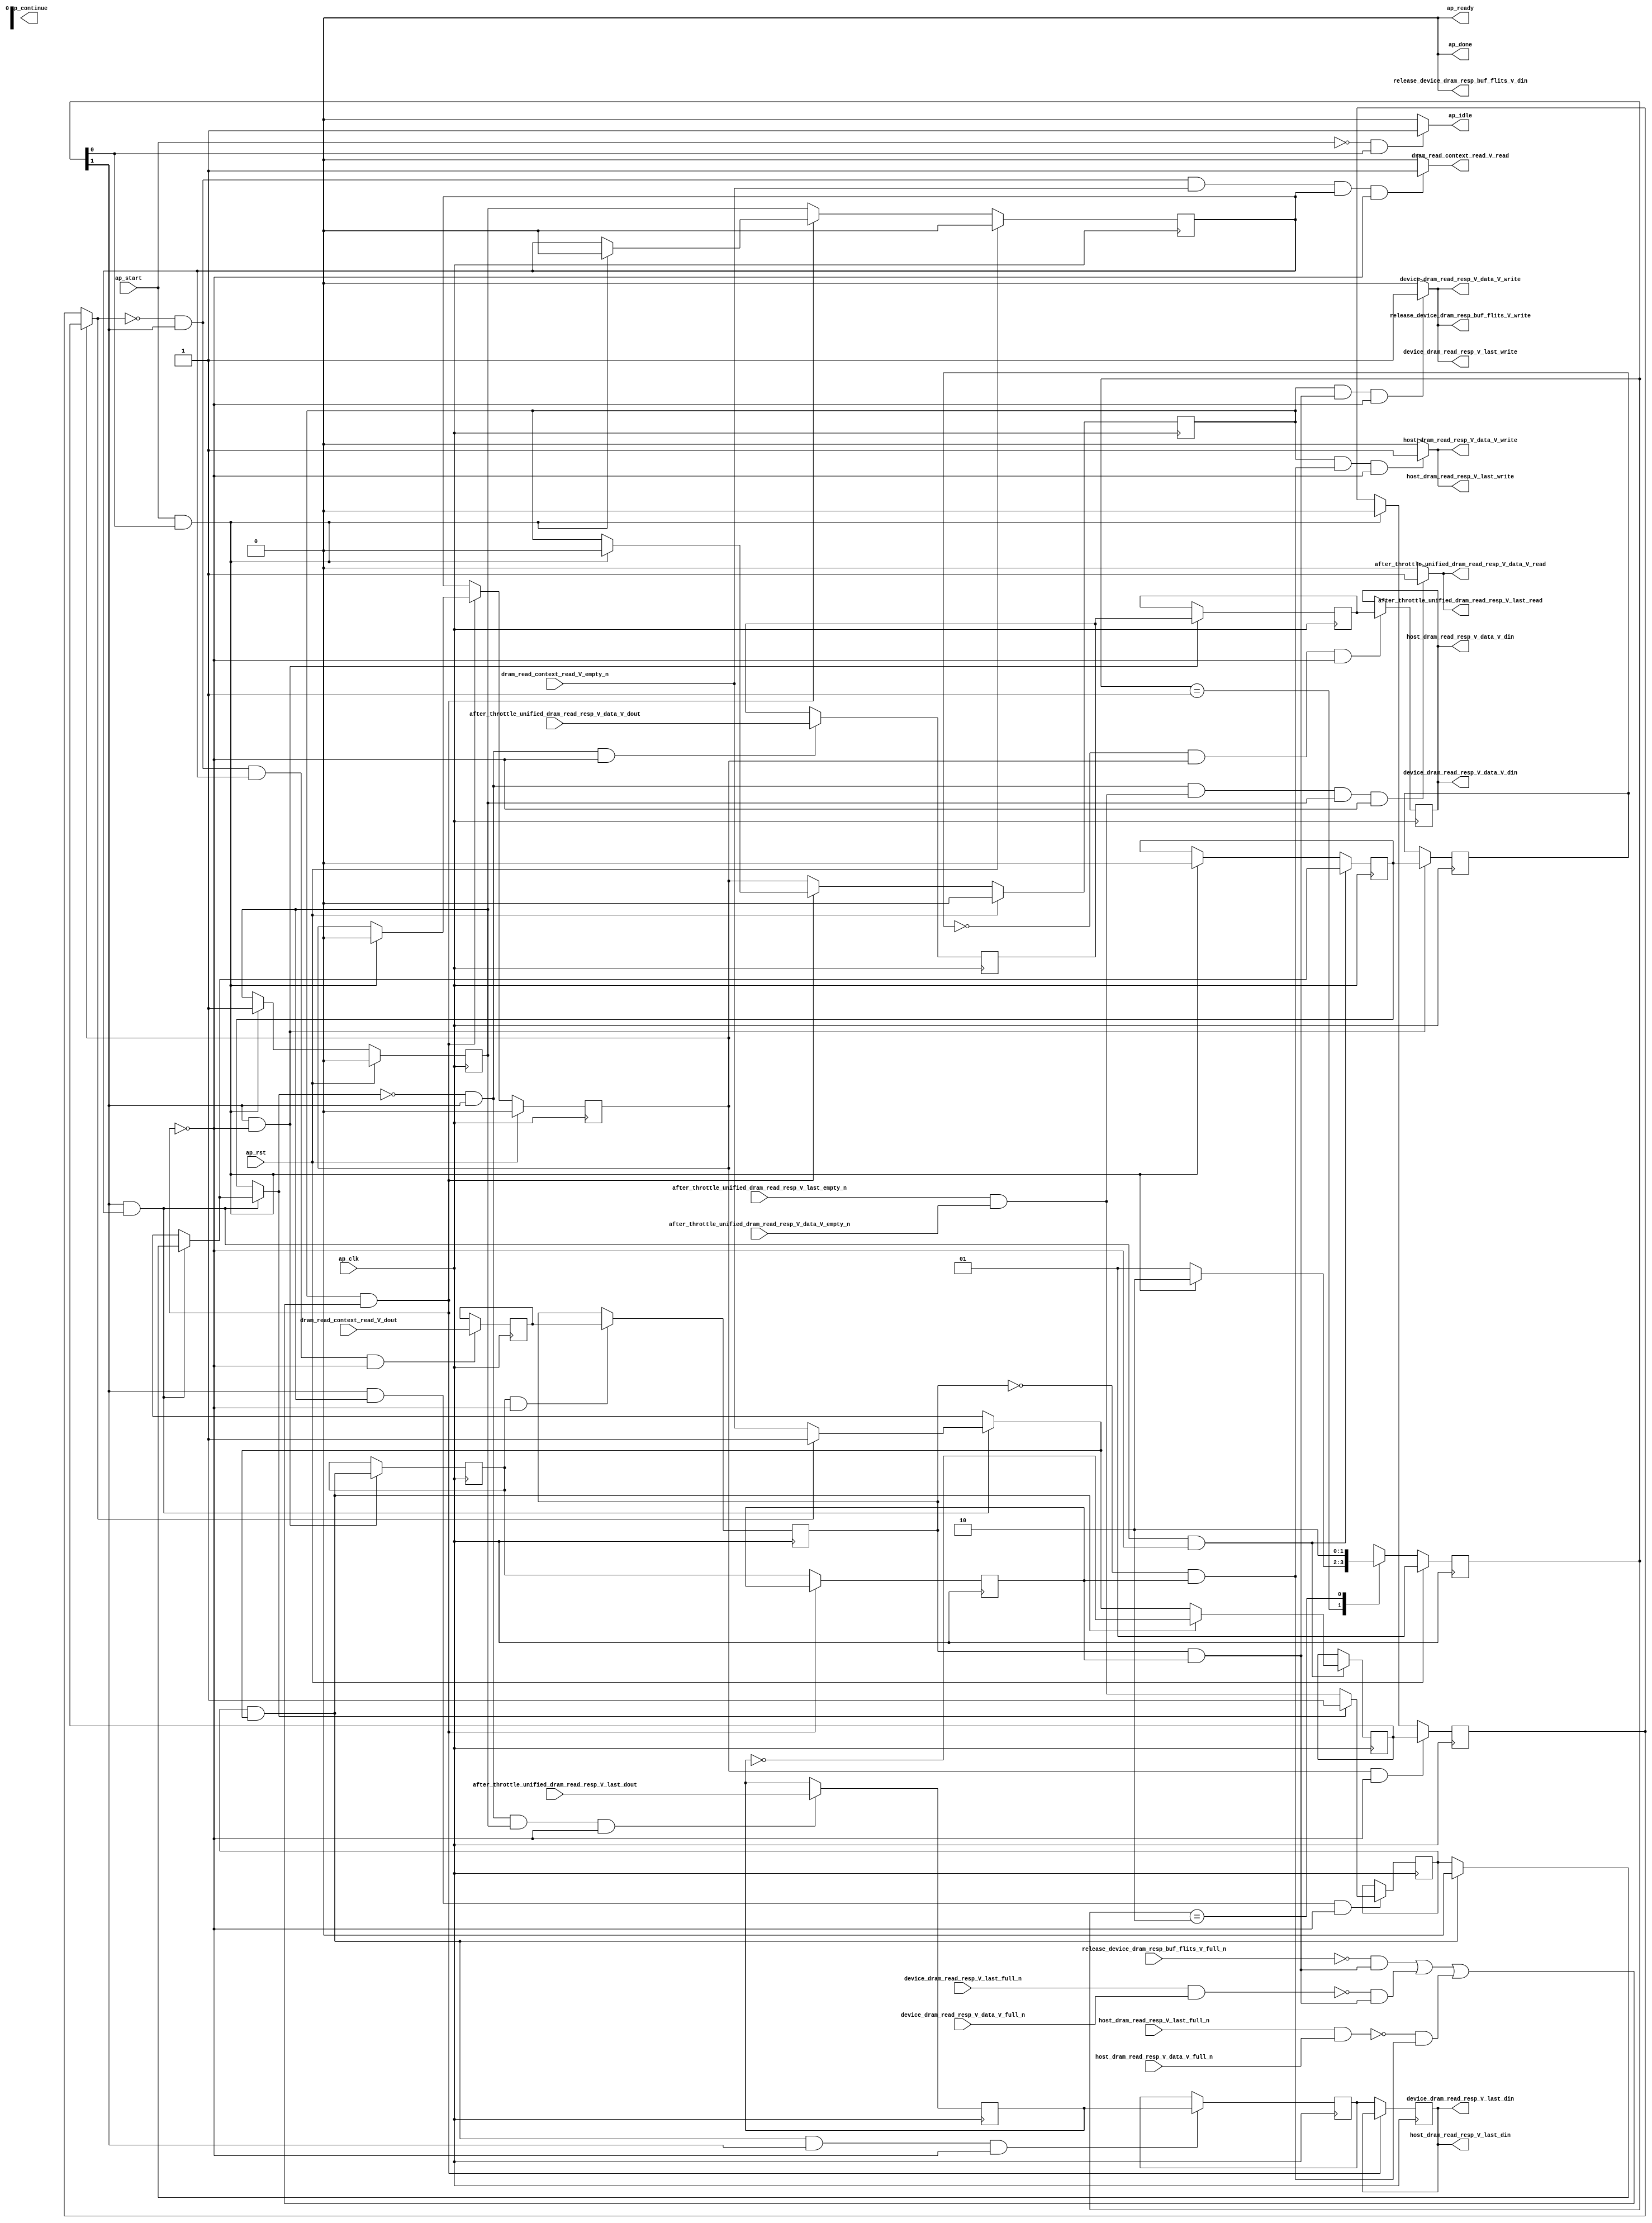
// ==============================================================
// RTL generated by Vivado(TM) HLS - High-Level Synthesis from C, C++ and SystemC
// Version: 2017.4.op
// Copyright (C) 1986-2018 Xilinx, Inc. All Rights Reserved.
// 
// ===========================================================

`timescale 1 ns / 1 ps 

(* CORE_GENERATION_INFO="dram_read_resp_multiplexer,hls_ip_2017_4_op,{HLS_INPUT_TYPE=cxx,HLS_INPUT_FLOAT=0,HLS_INPUT_FIXED=0,HLS_INPUT_PART=xcvu9p-flgb2104-2-i,HLS_INPUT_CLOCK=4.000000,HLS_INPUT_ARCH=others,HLS_SYN_CLOCK=2.997000,HLS_SYN_LAT=-1,HLS_SYN_TPT=none,HLS_SYN_MEM=0,HLS_SYN_DSP=0,HLS_SYN_FF=1617,HLS_SYN_LUT=332}" *)

module dram_read_resp_multiplexer (
        ap_clk,
        ap_rst,
        ap_start,
        ap_done,
ap_continue,
        ap_idle,
        ap_ready,
        host_dram_read_resp_V_last_din,
        host_dram_read_resp_V_last_full_n,
        host_dram_read_resp_V_last_write,
        host_dram_read_resp_V_data_V_din,
        host_dram_read_resp_V_data_V_full_n,
        host_dram_read_resp_V_data_V_write,
        device_dram_read_resp_V_last_din,
        device_dram_read_resp_V_last_full_n,
        device_dram_read_resp_V_last_write,
        device_dram_read_resp_V_data_V_din,
        device_dram_read_resp_V_data_V_full_n,
        device_dram_read_resp_V_data_V_write,
        release_device_dram_resp_buf_flits_V_din,
        release_device_dram_resp_buf_flits_V_full_n,
        release_device_dram_resp_buf_flits_V_write,
        after_throttle_unified_dram_read_resp_V_last_dout,
        after_throttle_unified_dram_read_resp_V_last_empty_n,
        after_throttle_unified_dram_read_resp_V_last_read,
        after_throttle_unified_dram_read_resp_V_data_V_dout,
        after_throttle_unified_dram_read_resp_V_data_V_empty_n,
        after_throttle_unified_dram_read_resp_V_data_V_read,
        dram_read_context_read_V_dout,
        dram_read_context_read_V_empty_n,
        dram_read_context_read_V_read
);

parameter    ap_ST_fsm_state1 = 2'd1;
parameter    ap_ST_fsm_pp0_stage0 = 2'd2;

input   ap_clk;
input   ap_rst;
input   ap_start;
output   ap_done;
output   ap_idle;
output ap_ready; output ap_continue;
output   host_dram_read_resp_V_last_din;
input   host_dram_read_resp_V_last_full_n;
output   host_dram_read_resp_V_last_write;
output  [511:0] host_dram_read_resp_V_data_V_din;
input   host_dram_read_resp_V_data_V_full_n;
output   host_dram_read_resp_V_data_V_write;
output   device_dram_read_resp_V_last_din;
input   device_dram_read_resp_V_last_full_n;
output   device_dram_read_resp_V_last_write;
output  [511:0] device_dram_read_resp_V_data_V_din;
input   device_dram_read_resp_V_data_V_full_n;
output   device_dram_read_resp_V_data_V_write;
output   release_device_dram_resp_buf_flits_V_din;
input   release_device_dram_resp_buf_flits_V_full_n;
output   release_device_dram_resp_buf_flits_V_write;
input   after_throttle_unified_dram_read_resp_V_last_dout;
input   after_throttle_unified_dram_read_resp_V_last_empty_n;
output   after_throttle_unified_dram_read_resp_V_last_read;
input  [511:0] after_throttle_unified_dram_read_resp_V_data_V_dout;
input   after_throttle_unified_dram_read_resp_V_data_V_empty_n;
output   after_throttle_unified_dram_read_resp_V_data_V_read;
input   dram_read_context_read_V_dout;
input   dram_read_context_read_V_empty_n;
output   dram_read_context_read_V_read;

reg ap_idle;
reg release_device_dram_resp_buf_flits_V_write;
reg dram_read_context_read_V_read;

(* fsm_encoding = "none" *) reg   [1:0] ap_CS_fsm;
wire    ap_CS_fsm_state1;
reg    host_dram_read_resp_V_last_blk_n;
reg    ap_enable_reg_pp0_iter3;
wire    ap_block_pp0_stage0;
reg   [0:0] brmerge_demorgan_reg_368;
reg   [0:0] ap_reg_pp0_iter2_brmerge_demorgan_reg_368;
reg   [0:0] p_0_load_reg_378;
reg    host_dram_read_resp_V_data_V_blk_n;
reg    device_dram_read_resp_V_last_blk_n;
reg    device_dram_read_resp_V_data_V_blk_n;
reg    release_device_dram_resp_buf_flits_V_blk_n;
reg   [0:0] valid_read_resp_reg_208;
reg   [0:0] ap_reg_pp0_iter1_valid_read_resp_reg_208;
wire    ap_CS_fsm_pp0_stage0;
wire    ap_block_state2_pp0_stage0_iter0;
wire    ap_block_state3_pp0_stage0_iter1;
wire    ap_block_state4_pp0_stage0_iter2;
wire    host_dram_read_resp_V_last1_status;
reg    ap_predicate_op58_write_state5;
wire    device_dram_read_resp_V_last1_status;
reg    ap_predicate_op60_write_state5;
reg    ap_block_state5_pp0_stage0_iter3;
reg    ap_block_pp0_stage0_11001;
reg   [0:0] valid_state_reg_220;
reg   [0:0] valid_state_3_reg_252;
reg   [0:0] ap_phi_mux_valid_read_resp_phi_fu_212_p4;
reg   [511:0] tmp_data_V_3_reg_363;
reg   [511:0] ap_reg_pp0_iter1_tmp_data_V_3_reg_363;
wire   [0:0] brmerge_demorgan_fu_308_p2;
reg   [0:0] tmp_last_load_reg_372;
reg   [0:0] ap_reg_pp0_iter2_tmp_last_load_reg_372;
reg    ap_enable_reg_pp0_iter0;
reg    ap_enable_reg_pp0_iter1;
reg    ap_block_pp0_stage0_subdone;
reg    ap_enable_reg_pp0_iter2;
reg   [0:0] ap_phi_mux_valid_read_resp_2_phi_fu_268_p4;
reg   [0:0] ap_phi_mux_valid_state_phi_fu_224_p4;
reg   [0:0] ap_phi_mux_valid_state_1_phi_fu_235_p4;
wire   [0:0] ap_phi_reg_pp0_iter1_valid_state_1_reg_232;
wire   [0:0] ap_phi_reg_pp0_iter0_valid_read_resp_1_reg_242;
reg   [0:0] ap_phi_reg_pp0_iter1_valid_read_resp_1_reg_242;
wire   [0:0] not_s_fu_320_p2;
wire   [0:0] ap_phi_reg_pp0_iter1_valid_state_3_reg_252;
wire   [0:0] ap_phi_reg_pp0_iter1_valid_read_resp_2_reg_264;
reg    after_throttle_unified_dram_read_resp_V_last0_update;
wire   [0:0] empty_n_1_nbread_fu_166_p3_0;
reg    host_dram_read_resp_V_last1_update;
reg    ap_block_pp0_stage0_01001;
reg    device_dram_read_resp_V_last1_update;
reg   [0:0] tmp_fu_154;
reg   [0:0] tmp_last_fu_158;
reg   [511:0] tmp_data_V_fu_162;
reg   [1:0] ap_NS_fsm;
reg    ap_idle_pp0;
wire    ap_enable_pp0;
reg    ap_condition_153;
reg    ap_condition_172;
reg    ap_condition_152;

// power-on initialization
initial begin
#0 ap_CS_fsm = 2'd1;
#0 ap_enable_reg_pp0_iter3 = 1'b0;
#0 ap_enable_reg_pp0_iter0 = 1'b0;
#0 ap_enable_reg_pp0_iter1 = 1'b0;
#0 ap_enable_reg_pp0_iter2 = 1'b0;
end

always @ (posedge ap_clk) begin
    if (ap_rst == 1'b1) begin
        ap_CS_fsm <= ap_ST_fsm_state1;
    end else begin
        ap_CS_fsm <= ap_NS_fsm;
    end
end

always @ (posedge ap_clk) begin
    if (ap_rst == 1'b1) begin
        ap_enable_reg_pp0_iter0 <= 1'b0;
    end else begin
        if (((ap_start == 1'b1) & (1'b1 == ap_CS_fsm_state1))) begin
            ap_enable_reg_pp0_iter0 <= 1'b1;
        end
    end
end

always @ (posedge ap_clk) begin
    if (ap_rst == 1'b1) begin
        ap_enable_reg_pp0_iter1 <= 1'b0;
    end else begin
        if ((1'b0 == ap_block_pp0_stage0_subdone)) begin
            ap_enable_reg_pp0_iter1 <= ap_enable_reg_pp0_iter0;
        end else if (((ap_start == 1'b1) & (1'b1 == ap_CS_fsm_state1))) begin
            ap_enable_reg_pp0_iter1 <= 1'b0;
        end
    end
end

always @ (posedge ap_clk) begin
    if (ap_rst == 1'b1) begin
        ap_enable_reg_pp0_iter2 <= 1'b0;
    end else begin
        if ((1'b0 == ap_block_pp0_stage0_subdone)) begin
            ap_enable_reg_pp0_iter2 <= ap_enable_reg_pp0_iter1;
        end else if (((ap_start == 1'b1) & (1'b1 == ap_CS_fsm_state1))) begin
            ap_enable_reg_pp0_iter2 <= 1'b0;
        end
    end
end

always @ (posedge ap_clk) begin
    if (ap_rst == 1'b1) begin
        ap_enable_reg_pp0_iter3 <= 1'b0;
    end else begin
        if ((1'b0 == ap_block_pp0_stage0_subdone)) begin
            ap_enable_reg_pp0_iter3 <= ap_enable_reg_pp0_iter2;
        end else if (((ap_start == 1'b1) & (1'b1 == ap_CS_fsm_state1))) begin
            ap_enable_reg_pp0_iter3 <= 1'b0;
        end
    end
end

always @ (posedge ap_clk) begin
    if ((1'b1 == ap_condition_172)) begin
        if ((ap_phi_mux_valid_read_resp_phi_fu_212_p4 == 1'd0)) begin
            ap_phi_reg_pp0_iter1_valid_read_resp_1_reg_242 <= empty_n_1_nbread_fu_166_p3_0;
        end else if ((ap_phi_mux_valid_read_resp_phi_fu_212_p4 == 1'd1)) begin
            ap_phi_reg_pp0_iter1_valid_read_resp_1_reg_242 <= ap_phi_mux_valid_read_resp_phi_fu_212_p4;
        end else if ((1'b1 == 1'b1)) begin
            ap_phi_reg_pp0_iter1_valid_read_resp_1_reg_242 <= ap_phi_reg_pp0_iter0_valid_read_resp_1_reg_242;
        end
    end
end

always @ (posedge ap_clk) begin
    if (((1'b1 == ap_CS_fsm_pp0_stage0) & (ap_enable_reg_pp0_iter1 == 1'b1) & (1'b0 == ap_block_pp0_stage0_11001))) begin
        valid_read_resp_reg_208 <= ap_phi_mux_valid_read_resp_2_phi_fu_268_p4;
    end else if (((ap_start == 1'b1) & (1'b1 == ap_CS_fsm_state1))) begin
        valid_read_resp_reg_208 <= 1'd0;
    end
end

always @ (posedge ap_clk) begin
    if ((1'b1 == ap_condition_152)) begin
        if ((brmerge_demorgan_fu_308_p2 == 1'd0)) begin
            valid_state_3_reg_252 <= ap_phi_mux_valid_state_1_phi_fu_235_p4;
        end else if ((brmerge_demorgan_fu_308_p2 == 1'd1)) begin
            valid_state_3_reg_252 <= not_s_fu_320_p2;
        end else if ((1'b1 == 1'b1)) begin
            valid_state_3_reg_252 <= ap_phi_reg_pp0_iter1_valid_state_3_reg_252;
        end
    end
end

always @ (posedge ap_clk) begin
    if (((ap_enable_reg_pp0_iter2 == 1'b1) & (1'b0 == ap_block_pp0_stage0_11001))) begin
        valid_state_reg_220 <= valid_state_3_reg_252;
    end else if (((ap_start == 1'b1) & (1'b1 == ap_CS_fsm_state1))) begin
        valid_state_reg_220 <= 1'd0;
    end
end

always @ (posedge ap_clk) begin
    if (((1'b1 == ap_CS_fsm_pp0_stage0) & (1'b0 == ap_block_pp0_stage0_11001))) begin
        ap_reg_pp0_iter1_tmp_data_V_3_reg_363 <= tmp_data_V_3_reg_363;
        ap_reg_pp0_iter1_valid_read_resp_reg_208 <= valid_read_resp_reg_208;
        brmerge_demorgan_reg_368 <= brmerge_demorgan_fu_308_p2;
    end
end

always @ (posedge ap_clk) begin
    if ((1'b0 == ap_block_pp0_stage0_11001)) begin
        ap_reg_pp0_iter2_brmerge_demorgan_reg_368 <= brmerge_demorgan_reg_368;
        ap_reg_pp0_iter2_tmp_last_load_reg_372 <= tmp_last_load_reg_372;
    end
end

always @ (posedge ap_clk) begin
    if (((brmerge_demorgan_reg_368 == 1'd1) & (1'b0 == ap_block_pp0_stage0_11001))) begin
        p_0_load_reg_378 <= tmp_fu_154;
    end
end

always @ (posedge ap_clk) begin
    if (((ap_phi_mux_valid_read_resp_phi_fu_212_p4 == 1'd0) & (1'b1 == ap_CS_fsm_pp0_stage0) & (1'b0 == ap_block_pp0_stage0_11001))) begin
        tmp_data_V_3_reg_363 <= after_throttle_unified_dram_read_resp_V_data_V_dout;
    end
end

always @ (posedge ap_clk) begin
    if (((ap_reg_pp0_iter1_valid_read_resp_reg_208 == 1'd0) & (ap_enable_reg_pp0_iter2 == 1'b1) & (1'b0 == ap_block_pp0_stage0_11001))) begin
        tmp_data_V_fu_162 <= ap_reg_pp0_iter1_tmp_data_V_3_reg_363;
    end
end

always @ (posedge ap_clk) begin
    if (((ap_phi_mux_valid_state_phi_fu_224_p4 == 1'd0) & (1'b1 == ap_CS_fsm_pp0_stage0) & (ap_enable_reg_pp0_iter1 == 1'b1) & (1'b0 == ap_block_pp0_stage0_11001))) begin
        tmp_fu_154 <= dram_read_context_read_V_dout;
    end
end

always @ (posedge ap_clk) begin
    if (((ap_phi_mux_valid_read_resp_phi_fu_212_p4 == 1'd0) & (1'b1 == ap_CS_fsm_pp0_stage0) & (ap_enable_reg_pp0_iter0 == 1'b1) & (1'b0 == ap_block_pp0_stage0_11001))) begin
        tmp_last_fu_158 <= after_throttle_unified_dram_read_resp_V_last_dout;
    end
end

always @ (posedge ap_clk) begin
    if (((brmerge_demorgan_fu_308_p2 == 1'd1) & (1'b1 == ap_CS_fsm_pp0_stage0) & (1'b0 == ap_block_pp0_stage0_11001))) begin
        tmp_last_load_reg_372 <= tmp_last_fu_158;
    end
end

always @ (*) begin
    if (((ap_phi_mux_valid_read_resp_phi_fu_212_p4 == 1'd0) & (1'b1 == ap_CS_fsm_pp0_stage0) & ((after_throttle_unified_dram_read_resp_V_last_empty_n & after_throttle_unified_dram_read_resp_V_data_V_empty_n) == 1'b1) & (ap_enable_reg_pp0_iter0 == 1'b1) & (1'b0 == ap_block_pp0_stage0_11001))) begin
        after_throttle_unified_dram_read_resp_V_last0_update = 1'b1;
    end else begin
        after_throttle_unified_dram_read_resp_V_last0_update = 1'b0;
    end
end

always @ (*) begin
    if (((ap_start == 1'b0) & (1'b1 == ap_CS_fsm_state1))) begin
        ap_idle = 1'b1;
    end else begin
        ap_idle = 1'b0;
    end
end

always @ (*) begin
    if (((ap_enable_reg_pp0_iter3 == 1'b0) & (ap_enable_reg_pp0_iter2 == 1'b0) & (ap_enable_reg_pp0_iter1 == 1'b0) & (ap_enable_reg_pp0_iter0 == 1'b0))) begin
        ap_idle_pp0 = 1'b1;
    end else begin
        ap_idle_pp0 = 1'b0;
    end
end

always @ (*) begin
    if ((1'b1 == ap_condition_153)) begin
        if ((brmerge_demorgan_fu_308_p2 == 1'd0)) begin
            ap_phi_mux_valid_read_resp_2_phi_fu_268_p4 = ap_phi_reg_pp0_iter1_valid_read_resp_1_reg_242;
        end else if ((brmerge_demorgan_fu_308_p2 == 1'd1)) begin
            ap_phi_mux_valid_read_resp_2_phi_fu_268_p4 = 1'd0;
        end else begin
            ap_phi_mux_valid_read_resp_2_phi_fu_268_p4 = ap_phi_reg_pp0_iter1_valid_read_resp_2_reg_264;
        end
    end else begin
        ap_phi_mux_valid_read_resp_2_phi_fu_268_p4 = ap_phi_reg_pp0_iter1_valid_read_resp_2_reg_264;
    end
end

always @ (*) begin
    if (((1'b0 == ap_block_pp0_stage0) & (1'b1 == ap_CS_fsm_pp0_stage0) & (ap_enable_reg_pp0_iter1 == 1'b1))) begin
        ap_phi_mux_valid_read_resp_phi_fu_212_p4 = ap_phi_mux_valid_read_resp_2_phi_fu_268_p4;
    end else begin
        ap_phi_mux_valid_read_resp_phi_fu_212_p4 = valid_read_resp_reg_208;
    end
end

always @ (*) begin
    if ((1'b1 == ap_condition_153)) begin
        if ((ap_phi_mux_valid_state_phi_fu_224_p4 == 1'd1)) begin
            ap_phi_mux_valid_state_1_phi_fu_235_p4 = ap_phi_mux_valid_state_phi_fu_224_p4;
        end else if ((ap_phi_mux_valid_state_phi_fu_224_p4 == 1'd0)) begin
            ap_phi_mux_valid_state_1_phi_fu_235_p4 = dram_read_context_read_V_empty_n;
        end else begin
            ap_phi_mux_valid_state_1_phi_fu_235_p4 = ap_phi_reg_pp0_iter1_valid_state_1_reg_232;
        end
    end else begin
        ap_phi_mux_valid_state_1_phi_fu_235_p4 = ap_phi_reg_pp0_iter1_valid_state_1_reg_232;
    end
end

always @ (*) begin
    if (((1'b0 == ap_block_pp0_stage0) & (ap_enable_reg_pp0_iter2 == 1'b1))) begin
        ap_phi_mux_valid_state_phi_fu_224_p4 = valid_state_3_reg_252;
    end else begin
        ap_phi_mux_valid_state_phi_fu_224_p4 = valid_state_reg_220;
    end
end

always @ (*) begin
    if (((p_0_load_reg_378 == 1'd1) & (ap_reg_pp0_iter2_brmerge_demorgan_reg_368 == 1'd1) & (1'b0 == ap_block_pp0_stage0) & (ap_enable_reg_pp0_iter3 == 1'b1))) begin
        device_dram_read_resp_V_data_V_blk_n = device_dram_read_resp_V_data_V_full_n;
    end else begin
        device_dram_read_resp_V_data_V_blk_n = 1'b1;
    end
end

always @ (*) begin
    if (((ap_enable_reg_pp0_iter3 == 1'b1) & (ap_predicate_op60_write_state5 == 1'b1) & (1'b0 == ap_block_pp0_stage0_11001))) begin
        device_dram_read_resp_V_last1_update = 1'b1;
    end else begin
        device_dram_read_resp_V_last1_update = 1'b0;
    end
end

always @ (*) begin
    if (((p_0_load_reg_378 == 1'd1) & (ap_reg_pp0_iter2_brmerge_demorgan_reg_368 == 1'd1) & (1'b0 == ap_block_pp0_stage0) & (ap_enable_reg_pp0_iter3 == 1'b1))) begin
        device_dram_read_resp_V_last_blk_n = device_dram_read_resp_V_last_full_n;
    end else begin
        device_dram_read_resp_V_last_blk_n = 1'b1;
    end
end

always @ (*) begin
    if (((ap_phi_mux_valid_state_phi_fu_224_p4 == 1'd0) & (1'b1 == ap_CS_fsm_pp0_stage0) & (dram_read_context_read_V_empty_n == 1'b1) & (ap_enable_reg_pp0_iter1 == 1'b1) & (1'b0 == ap_block_pp0_stage0_11001))) begin
        dram_read_context_read_V_read = 1'b1;
    end else begin
        dram_read_context_read_V_read = 1'b0;
    end
end

always @ (*) begin
    if (((p_0_load_reg_378 == 1'd0) & (ap_reg_pp0_iter2_brmerge_demorgan_reg_368 == 1'd1) & (1'b0 == ap_block_pp0_stage0) & (ap_enable_reg_pp0_iter3 == 1'b1))) begin
        host_dram_read_resp_V_data_V_blk_n = host_dram_read_resp_V_data_V_full_n;
    end else begin
        host_dram_read_resp_V_data_V_blk_n = 1'b1;
    end
end

always @ (*) begin
    if (((ap_enable_reg_pp0_iter3 == 1'b1) & (ap_predicate_op58_write_state5 == 1'b1) & (1'b0 == ap_block_pp0_stage0_11001))) begin
        host_dram_read_resp_V_last1_update = 1'b1;
    end else begin
        host_dram_read_resp_V_last1_update = 1'b0;
    end
end

always @ (*) begin
    if (((p_0_load_reg_378 == 1'd0) & (ap_reg_pp0_iter2_brmerge_demorgan_reg_368 == 1'd1) & (1'b0 == ap_block_pp0_stage0) & (ap_enable_reg_pp0_iter3 == 1'b1))) begin
        host_dram_read_resp_V_last_blk_n = host_dram_read_resp_V_last_full_n;
    end else begin
        host_dram_read_resp_V_last_blk_n = 1'b1;
    end
end

always @ (*) begin
    if (((p_0_load_reg_378 == 1'd1) & (ap_reg_pp0_iter2_brmerge_demorgan_reg_368 == 1'd1) & (1'b0 == ap_block_pp0_stage0) & (ap_enable_reg_pp0_iter3 == 1'b1))) begin
        release_device_dram_resp_buf_flits_V_blk_n = release_device_dram_resp_buf_flits_V_full_n;
    end else begin
        release_device_dram_resp_buf_flits_V_blk_n = 1'b1;
    end
end

always @ (*) begin
    if (((ap_enable_reg_pp0_iter3 == 1'b1) & (ap_predicate_op60_write_state5 == 1'b1) & (1'b0 == ap_block_pp0_stage0_11001))) begin
        release_device_dram_resp_buf_flits_V_write = 1'b1;
    end else begin
        release_device_dram_resp_buf_flits_V_write = 1'b0;
    end
end

always @ (*) begin
    case (ap_CS_fsm)
        ap_ST_fsm_state1 : begin
            if (((ap_start == 1'b1) & (1'b1 == ap_CS_fsm_state1))) begin
                ap_NS_fsm = ap_ST_fsm_pp0_stage0;
            end else begin
                ap_NS_fsm = ap_ST_fsm_state1;
            end
        end
        ap_ST_fsm_pp0_stage0 : begin
            ap_NS_fsm = ap_ST_fsm_pp0_stage0;
        end
        default : begin
            ap_NS_fsm = 'bx;
        end
    endcase
end

assign after_throttle_unified_dram_read_resp_V_data_V_read = after_throttle_unified_dram_read_resp_V_last0_update;

assign after_throttle_unified_dram_read_resp_V_last_read = after_throttle_unified_dram_read_resp_V_last0_update;

assign ap_CS_fsm_pp0_stage0 = ap_CS_fsm[32'd1];

assign ap_CS_fsm_state1 = ap_CS_fsm[32'd0];

assign ap_block_pp0_stage0 = ~(1'b1 == 1'b1);

always @ (*) begin
    ap_block_pp0_stage0_01001 = ((ap_enable_reg_pp0_iter3 == 1'b1) & (((release_device_dram_resp_buf_flits_V_full_n == 1'b0) & (ap_predicate_op60_write_state5 == 1'b1)) | ((device_dram_read_resp_V_last1_status == 1'b0) & (ap_predicate_op60_write_state5 == 1'b1)) | ((host_dram_read_resp_V_last1_status == 1'b0) & (ap_predicate_op58_write_state5 == 1'b1))));
end

always @ (*) begin
    ap_block_pp0_stage0_11001 = ((ap_enable_reg_pp0_iter3 == 1'b1) & (((release_device_dram_resp_buf_flits_V_full_n == 1'b0) & (ap_predicate_op60_write_state5 == 1'b1)) | ((device_dram_read_resp_V_last1_status == 1'b0) & (ap_predicate_op60_write_state5 == 1'b1)) | ((host_dram_read_resp_V_last1_status == 1'b0) & (ap_predicate_op58_write_state5 == 1'b1))));
end

always @ (*) begin
    ap_block_pp0_stage0_subdone = ((ap_enable_reg_pp0_iter3 == 1'b1) & (((release_device_dram_resp_buf_flits_V_full_n == 1'b0) & (ap_predicate_op60_write_state5 == 1'b1)) | ((device_dram_read_resp_V_last1_status == 1'b0) & (ap_predicate_op60_write_state5 == 1'b1)) | ((host_dram_read_resp_V_last1_status == 1'b0) & (ap_predicate_op58_write_state5 == 1'b1))));
end

assign ap_block_state2_pp0_stage0_iter0 = ~(1'b1 == 1'b1);

assign ap_block_state3_pp0_stage0_iter1 = ~(1'b1 == 1'b1);

assign ap_block_state4_pp0_stage0_iter2 = ~(1'b1 == 1'b1);

always @ (*) begin
    ap_block_state5_pp0_stage0_iter3 = (((release_device_dram_resp_buf_flits_V_full_n == 1'b0) & (ap_predicate_op60_write_state5 == 1'b1)) | ((device_dram_read_resp_V_last1_status == 1'b0) & (ap_predicate_op60_write_state5 == 1'b1)) | ((host_dram_read_resp_V_last1_status == 1'b0) & (ap_predicate_op58_write_state5 == 1'b1)));
end

always @ (*) begin
    ap_condition_152 = ((1'b1 == ap_CS_fsm_pp0_stage0) & (ap_enable_reg_pp0_iter1 == 1'b1) & (1'b0 == ap_block_pp0_stage0_11001));
end

always @ (*) begin
    ap_condition_153 = ((1'b0 == ap_block_pp0_stage0) & (1'b1 == ap_CS_fsm_pp0_stage0) & (ap_enable_reg_pp0_iter1 == 1'b1));
end

always @ (*) begin
    ap_condition_172 = ((1'b1 == ap_CS_fsm_pp0_stage0) & (ap_enable_reg_pp0_iter0 == 1'b1) & (1'b0 == ap_block_pp0_stage0_11001));
end

assign ap_done = 1'b0;

assign ap_enable_pp0 = (ap_idle_pp0 ^ 1'b1);

assign ap_phi_reg_pp0_iter0_valid_read_resp_1_reg_242 = 'bx;

assign ap_phi_reg_pp0_iter1_valid_read_resp_2_reg_264 = 'bx;

assign ap_phi_reg_pp0_iter1_valid_state_1_reg_232 = 'bx;

assign ap_phi_reg_pp0_iter1_valid_state_3_reg_252 = 'bx;

always @ (*) begin
    ap_predicate_op58_write_state5 = ((p_0_load_reg_378 == 1'd0) & (ap_reg_pp0_iter2_brmerge_demorgan_reg_368 == 1'd1));
end

always @ (*) begin
    ap_predicate_op60_write_state5 = ((p_0_load_reg_378 == 1'd1) & (ap_reg_pp0_iter2_brmerge_demorgan_reg_368 == 1'd1));
end

assign ap_ready = 1'b0;

assign brmerge_demorgan_fu_308_p2 = (ap_phi_reg_pp0_iter1_valid_read_resp_1_reg_242 & ap_phi_mux_valid_state_1_phi_fu_235_p4);

assign device_dram_read_resp_V_data_V_din = tmp_data_V_fu_162;

assign device_dram_read_resp_V_data_V_write = device_dram_read_resp_V_last1_update;

assign device_dram_read_resp_V_last1_status = (device_dram_read_resp_V_last_full_n & device_dram_read_resp_V_data_V_full_n);

assign device_dram_read_resp_V_last_din = ap_reg_pp0_iter2_tmp_last_load_reg_372;

assign device_dram_read_resp_V_last_write = device_dram_read_resp_V_last1_update;

assign empty_n_1_nbread_fu_166_p3_0 = (after_throttle_unified_dram_read_resp_V_last_empty_n & after_throttle_unified_dram_read_resp_V_data_V_empty_n);

assign host_dram_read_resp_V_data_V_din = tmp_data_V_fu_162;

assign host_dram_read_resp_V_data_V_write = host_dram_read_resp_V_last1_update;

assign host_dram_read_resp_V_last1_status = (host_dram_read_resp_V_last_full_n & host_dram_read_resp_V_data_V_full_n);

assign host_dram_read_resp_V_last_din = ap_reg_pp0_iter2_tmp_last_load_reg_372;

assign host_dram_read_resp_V_last_write = host_dram_read_resp_V_last1_update;

assign not_s_fu_320_p2 = (tmp_last_fu_158 ^ 1'd1);

assign release_device_dram_resp_buf_flits_V_din = 1'd0;

endmodule //dram_read_resp_multiplexer